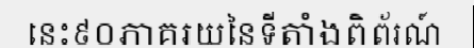
នេះ៩០ភាគរយនៃទីតាំងពិព័រណ៍